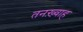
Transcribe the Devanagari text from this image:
तनख़्वाह